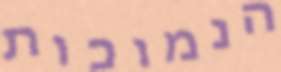
הנמוכות